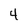
Character: 4